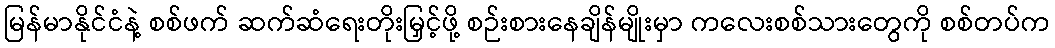
မြန်မာနိုင်ငံနဲ့ စစ်ဖက် ဆက်ဆံရေးတိုးမြှင့်ဖို့ စဉ်းစားနေချိန်မျိုးမှာ ကလေးစစ်သားတွေကို စစ်တပ်က